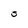
Character: S